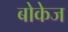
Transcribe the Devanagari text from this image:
बोकेज